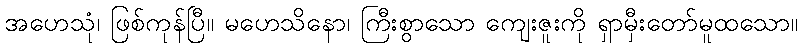
အဟေသုံ၊ ဖြစ်ကုန်ပြီ။ မဟေသိနော၊ ကြီးစွာသော ကျေးဇူးကို ရှာမှီးတော်မူထသော။